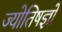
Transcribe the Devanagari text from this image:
ज्योतिषज्ञों